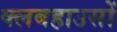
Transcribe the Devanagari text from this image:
क्लबहाउसों